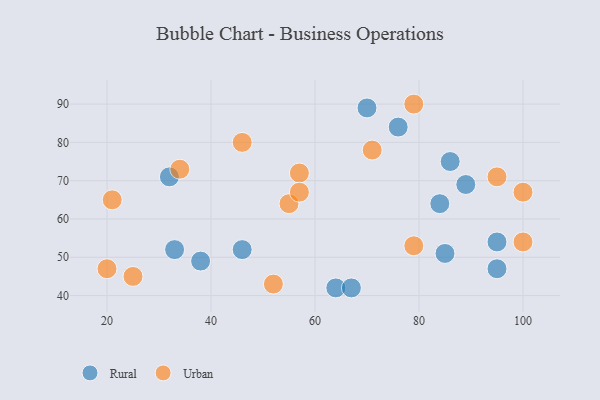
{"axis": {"x": "GDP", "y": "Life Expectancy"}, "legend": ["Rural", "Urban"], "data": [{"x": "85", "y": 51, "type": "Rural"}, {"x": "38", "y": 49, "type": "Rural"}, {"x": "64", "y": 42, "type": "Rural"}, {"x": "33", "y": 52, "type": "Rural"}, {"x": "32", "y": 71, "type": "Rural"}, {"x": "46", "y": 52, "type": "Rural"}, {"x": "84", "y": 64, "type": "Rural"}, {"x": "89", "y": 69, "type": "Rural"}, {"x": "76", "y": 84, "type": "Rural"}, {"x": "95", "y": 54, "type": "Rural"}, {"x": "67", "y": 42, "type": "Rural"}, {"x": "95", "y": 47, "type": "Rural"}, {"x": "70", "y": 89, "type": "Rural"}, {"x": "86", "y": 75, "type": "Rural"}, {"x": "71", "y": 78, "type": "Urban"}, {"x": "95", "y": 71, "type": "Urban"}, {"x": "57", "y": 72, "type": "Urban"}, {"x": "79", "y": 53, "type": "Urban"}, {"x": "34", "y": 73, "type": "Urban"}, {"x": "21", "y": 65, "type": "Urban"}, {"x": "79", "y": 90, "type": "Urban"}, {"x": "100", "y": 54, "type": "Urban"}, {"x": "100", "y": 67, "type": "Urban"}, {"x": "55", "y": 64, "type": "Urban"}, {"x": "57", "y": 67, "type": "Urban"}, {"x": "25", "y": 45, "type": "Urban"}, {"x": "20", "y": 47, "type": "Urban"}, {"x": "52", "y": 43, "type": "Urban"}, {"x": "46", "y": 80, "type": "Urban"}]}